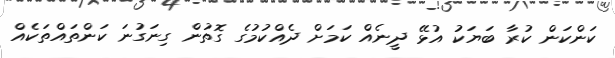
ކަންކަން ކުރާ ބަޔަކު އުޅޭ ދީނެއް ކަމަށް ދެއްކުމުގެ ގޮތުން ގިނަގުނަ ކަންތައްތަކެއް